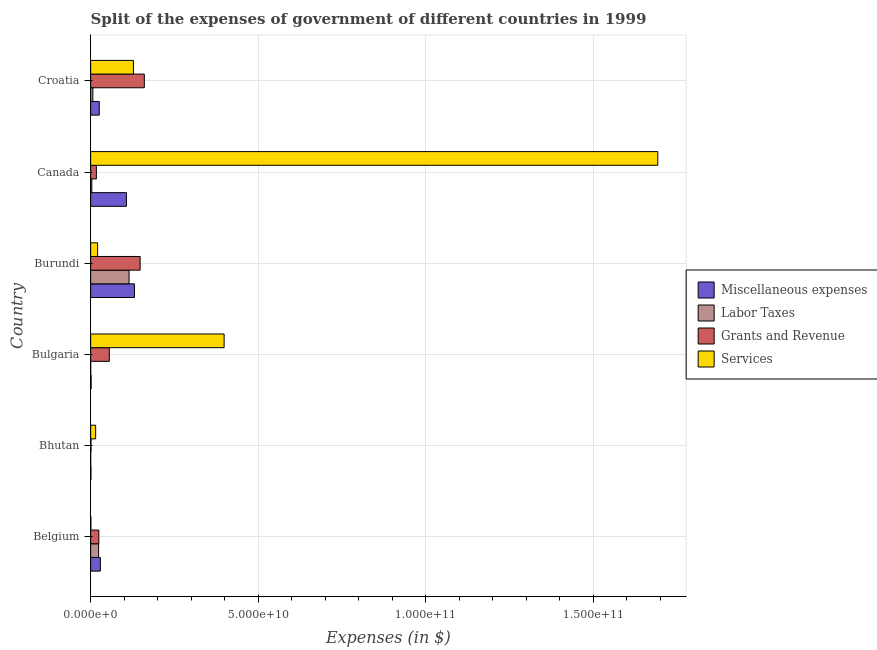
| Country | Miscellaneous expenses | Labor Taxes | Grants and Revenue | Services |
 | --- | --- | --- | --- | --- |
 | Belgium | 2.9e+09 | 2.37e+09 | 2.44e+09 | 6.24e+07 |
 | Bhutan | 8.63e+07 | 2.14e+06 | 9.57e+07 | 1.49e+09 |
 | Bulgaria | 1.36e+08 | 7.1e+06 | 5.57e+09 | 3.98e+10 |
 | Burundi | 1.31e+10 | 1.15e+10 | 1.48e+10 | 2.07e+09 |
 | Canada | 1.07e+10 | 3.39e+08 | 1.7e+09 | 1.69e+11 |
 | Croatia | 2.57e+09 | 6.53e+08 | 1.6e+10 | 1.28e+10 |